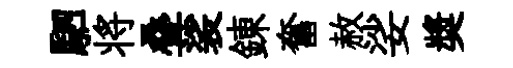
駟将叠裟錬奮赦娑奬